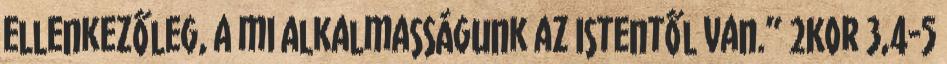
ellenkezőleg, a mi alkalmasságunk az Istentől van.” 2Kor 3,4-5